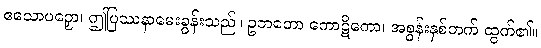
ဧသောပဉှော၊ ဤပြဿနာမေးခွန်းသည်။ ဥဘတော ကောဋိကော၊ အစွန်းနှစ်ဘက် ထွက်၏။